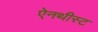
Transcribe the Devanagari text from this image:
ऐनथीस्ट